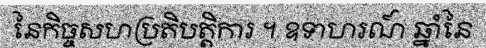
នៃកិច្ចសហប្រតិបត្តិការ ។ ឧទាហរណ៍ ឆ្នាំនៃ